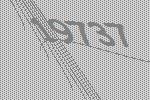
19737